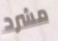
مشرد